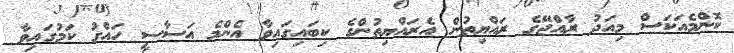
ކޮންމެއަކަސް މިއަދު ރާއްޖޭގެ ރައްޔިތުން އެރައްޔިތުންގެ ކިބައިގައިވާ އެންމެ އަސާސީ ހައްގު ކަމުގައިވާ